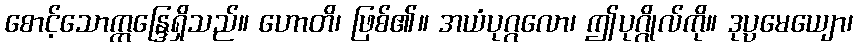
စောင့်သောဣန္ဒြေရှိသည်။ ဟောတိ၊ ဖြစ်၏။ အယံပုဂ္ဂလော၊ ဤပုဂ္ဂိုလ်ကို။ ဒုပ္ပမေယျော၊